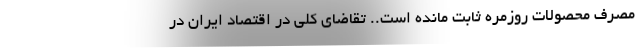
مصرف محصولات روزمره ثابت مانده است.. تقاضای كلی در اقتصاد ایران در